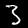
Digit: 3